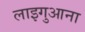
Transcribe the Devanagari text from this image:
लाइगुआना